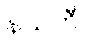
နယတီ